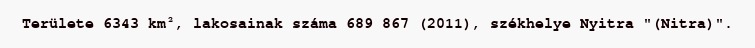
Területe 6343 km², lakosainak száma 689 867 (2011), székhelye Nyitra "(Nitra)".